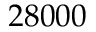
2 8 0 0 0